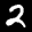
Label: 2